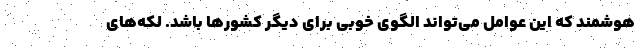
هوشمند که این عوامل می‌تواند الگوی خوبی برای دیگر کشورها باشد. لکه‌های